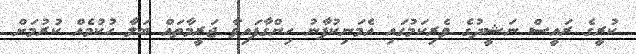
ކުރީގެ ރައީސް ނަޝީދުގެ ވެރިކަމުގައި އެމަނިކުފާނު ހިންގާފައިވާ ޖަރީމާތައް ބަލާ ހުކުމެއް ކުރުމަށް